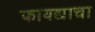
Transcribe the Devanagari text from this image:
फायद्याचा